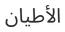
الأطيان